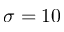
\sigma = 1 0